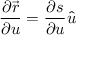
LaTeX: { \frac { \partial { \boldsymbol { \vec { r } } } } { \partial u } } = { \frac { \partial { s } } { \partial u } } { \boldsymbol { \hat { u } } }